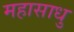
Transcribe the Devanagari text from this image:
महासाधु